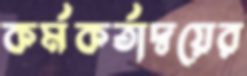
কর্মকর্তাদ্বয়ের